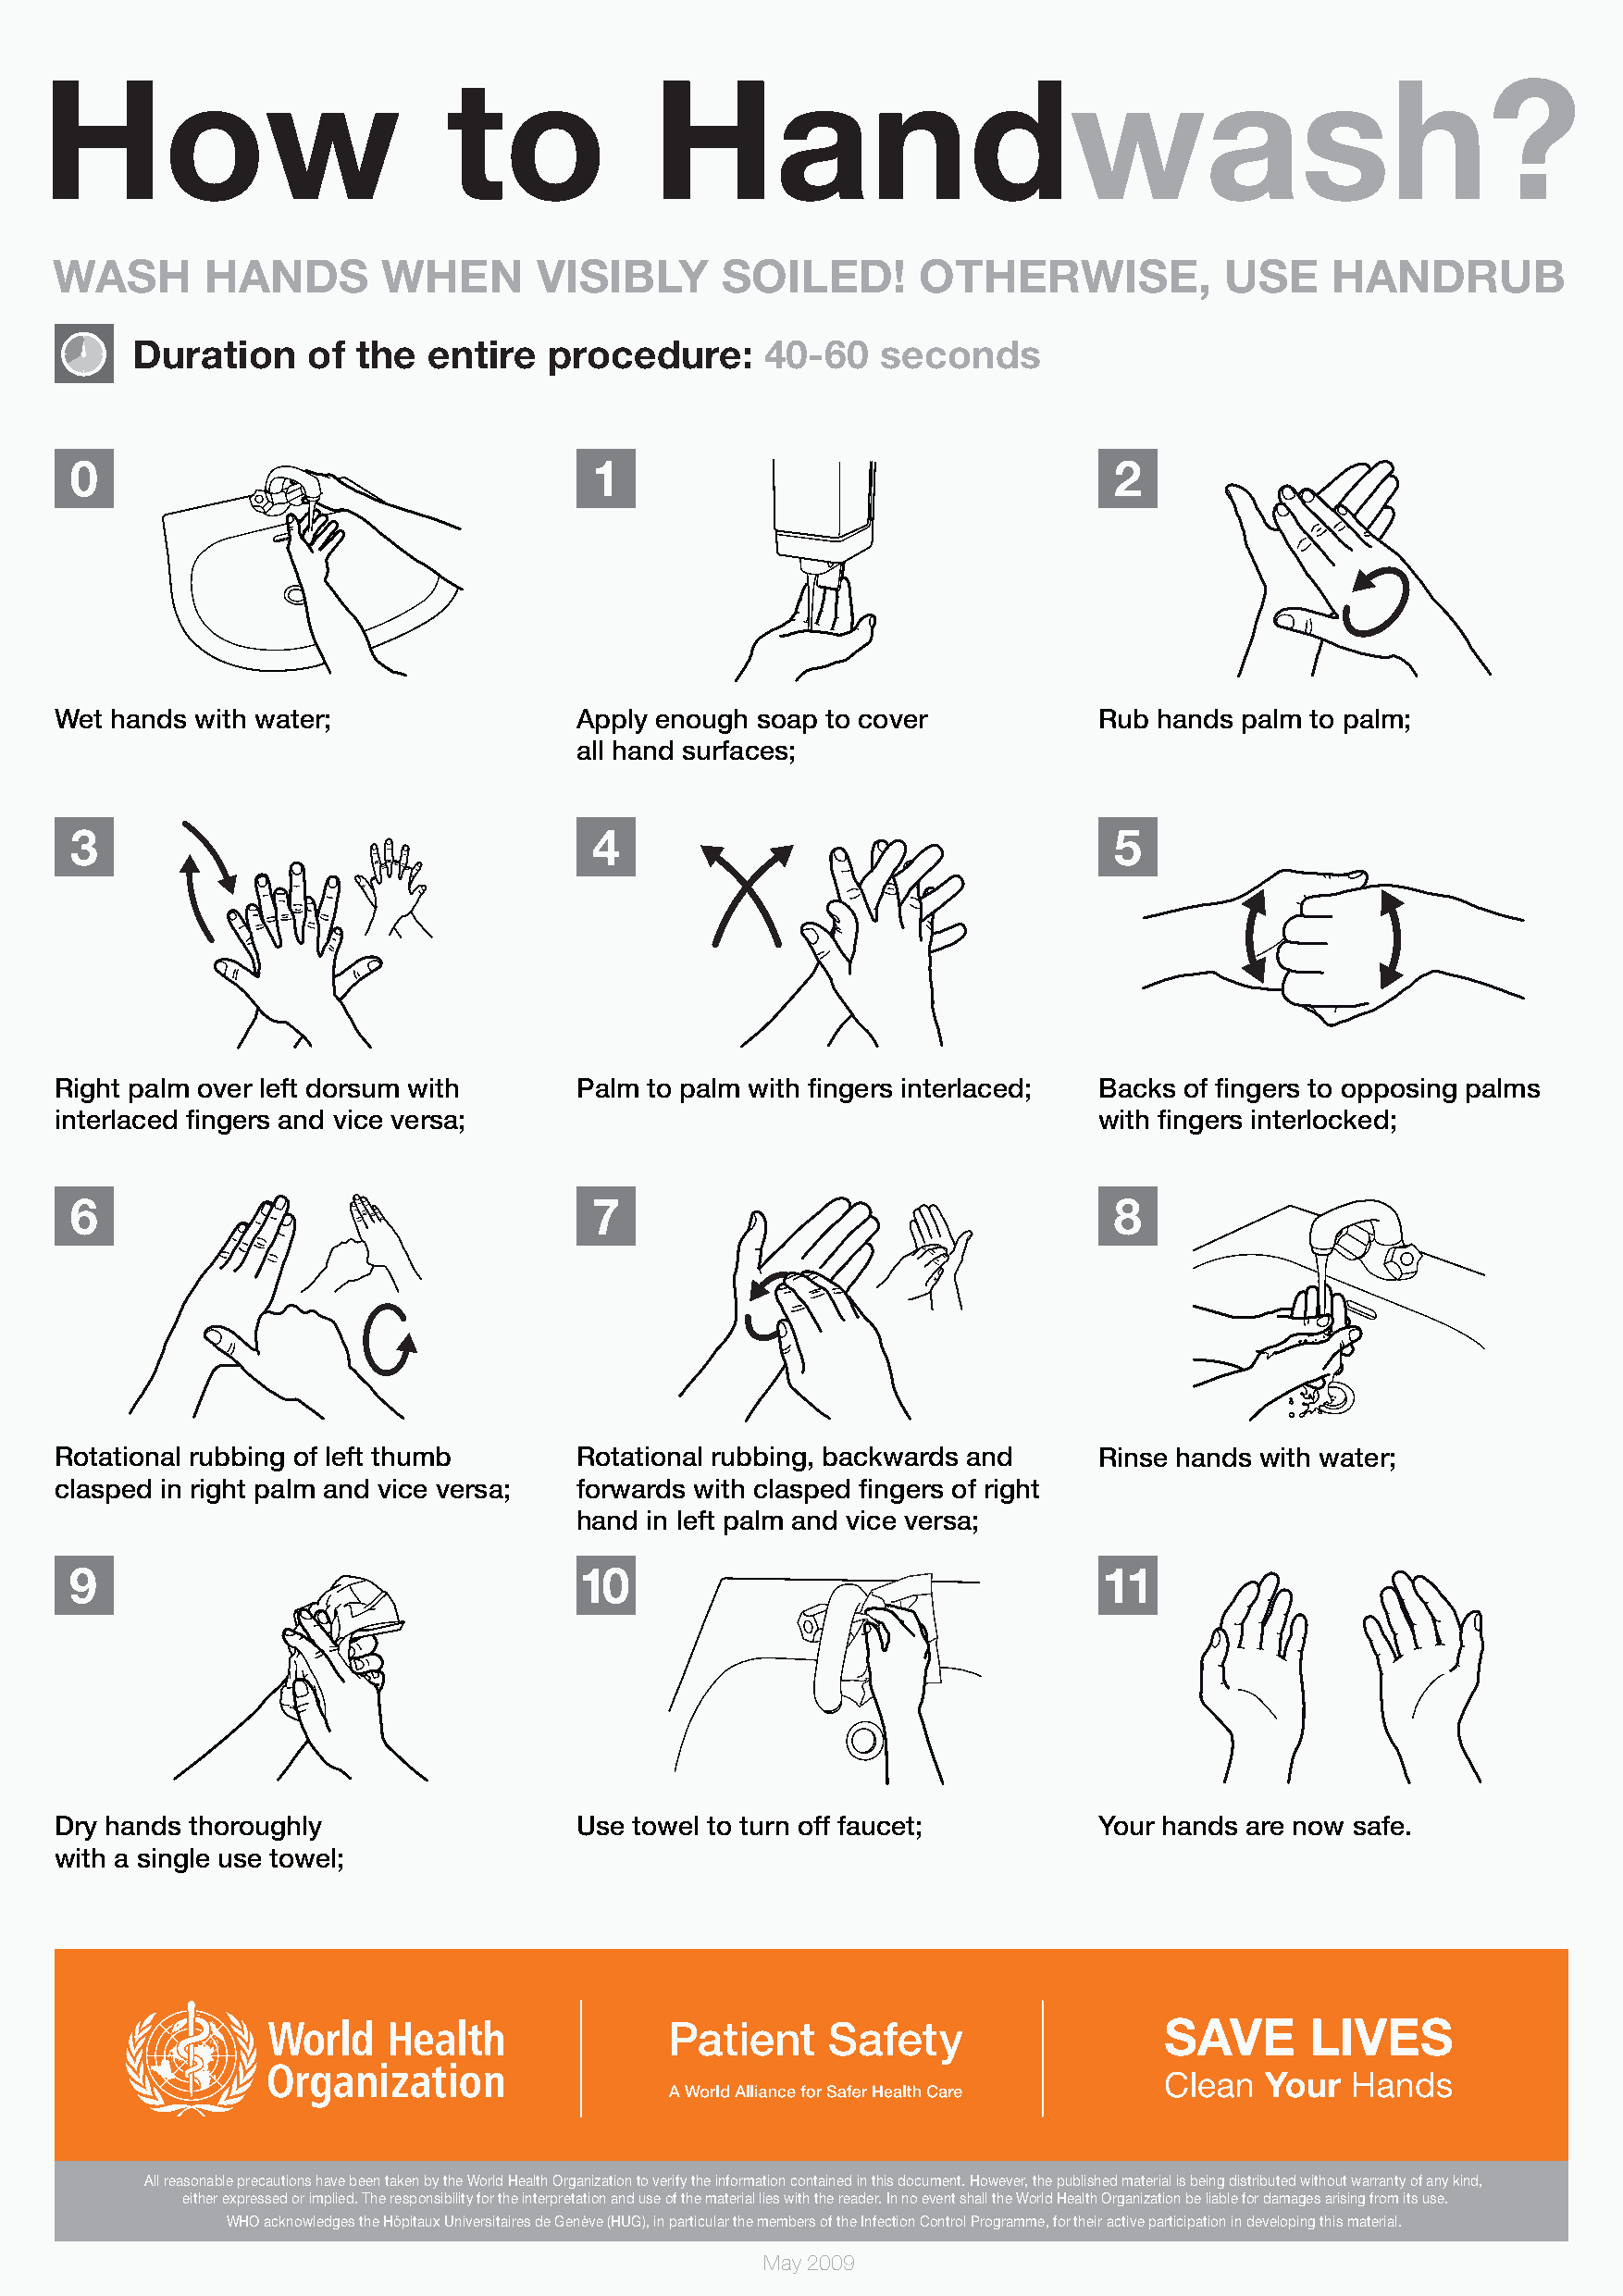
How                          to             Handwash?
 WASH       HANDS       WHEN       VISIBLY       SOILED!       OTHERWISE,            USE    HANDRUB
 Duration     of the   entire  procedure:      40-60   seconds
 0                                    1                                     2
 Wet hands with water;                Apply enough soap to cover            Rub hands palm to palm;
 all hand surfaces;
 3                                    4                                     5
 Right palm over left dorsum with     Palm to palm with fingers interlaced; Backs of fingers to opposing palms
 interlaced fingers and vice versa;                                         with fingers interlocked;
 6                                    7                                     8
 Rotational rubbing of left thumb     Rotational rubbing, backwards and     Rinse hands with water;
 clasped in right palm and vice versa; forwards with clasped fingers of right
 hand in left palm and vice versa;
 9                                   10                                    11
 Dry hands thoroughly                 Use towel to turn off faucet;         Your hands are now safe.
 with a single use towel;
 All reasonable precautions have been taken by the World Health Organization to verify the information contained in this document. However, the published material is being distributed without warranty of any kind,
 either expressed or implied. The responsibility for the interpretation and use of the material lies with the reader. In no event shall the World Health Organization be liable for damages arising from its use.
 WHO acknowledges the Hôpitaux Universitaires de Genève (HUG), in particular the members of the Infection Control Programme, for their active participation in developing this material.
 May 2009